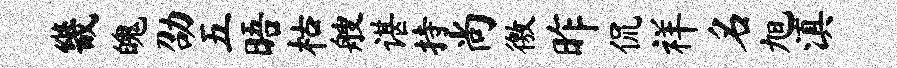
畿魄劭五晤枯艘谌持尚徼昨侃祥名旭滇